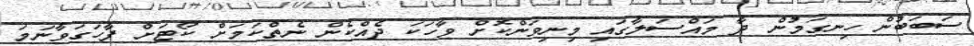
ސަބަބުން ހިނގަމުން ދާ މައްސަލާގައި މިނިވަންކޮށް ވާހަކަ ދެއްކެން ނެތްކަމަށް ކޯޓަށް ފާހަގަވާނަމަ